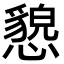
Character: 㦝